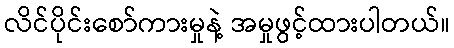
လိင်ပိုင်းစော်ကားမှုနဲ့ အမှုဖွင့်ထားပါတယ်။